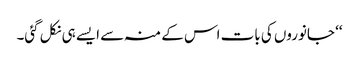
‘‘ جانوروں کی بات اس کے منہ سے ایسے ہی نکل گئی۔